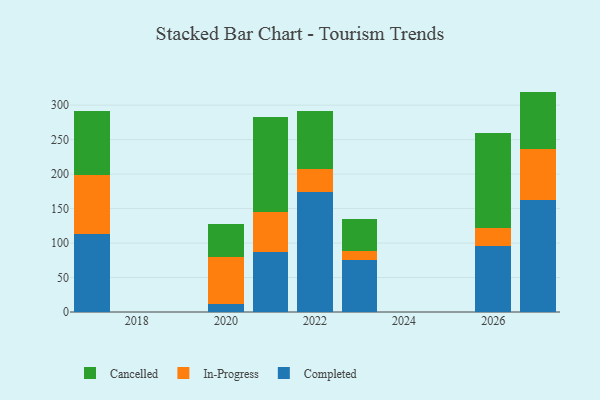
{"axis": {"x": "Year", "y": "Budget (USD K)"}, "legend": ["Cancelled", "Completed", "In-Progress"], "data": [{"x": "2017", "y": 112.6, "type": "Completed"}, {"x": "2017", "y": 85.5, "type": "In-Progress"}, {"x": "2017", "y": 93.4, "type": "Cancelled"}, {"x": "2020", "y": 11.5, "type": "Completed"}, {"x": "2020", "y": 68.8, "type": "In-Progress"}, {"x": "2020", "y": 47.8, "type": "Cancelled"}, {"x": "2021", "y": 86.9, "type": "Completed"}, {"x": "2021", "y": 58.6, "type": "In-Progress"}, {"x": "2021", "y": 136.9, "type": "Cancelled"}, {"x": "2023", "y": 75.0, "type": "Completed"}, {"x": "2023", "y": 13.9, "type": "In-Progress"}, {"x": "2023", "y": 46.2, "type": "Cancelled"}, {"x": "2027", "y": 161.7, "type": "Completed"}, {"x": "2027", "y": 74.4, "type": "In-Progress"}, {"x": "2027", "y": 83.5, "type": "Cancelled"}, {"x": "2022", "y": 174.5, "type": "Completed"}, {"x": "2022", "y": 32.2, "type": "In-Progress"}, {"x": "2022", "y": 84.4, "type": "Cancelled"}, {"x": "2026", "y": 95.6, "type": "Completed"}, {"x": "2026", "y": 26.1, "type": "In-Progress"}, {"x": "2026", "y": 137.8, "type": "Cancelled"}]}